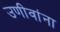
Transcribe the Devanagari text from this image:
उणीवांना